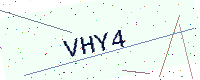
Text: VHY4